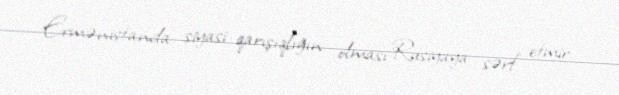
Ermənistanda siyasi qarışıqlığın olması Rusiyaya sərf etmir.